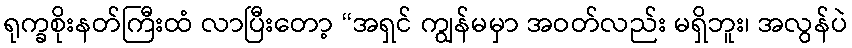
ရုက္ခစိုးနတ်ကြီးထံ လာပြီးတော့ “အရှင် ကျွန်မမှာ အဝတ်လည်း မရှိဘူး၊ အလွန်ပဲ